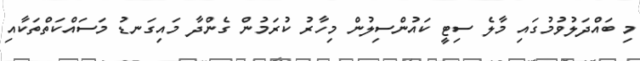
މި ބައްދަލުވުމުގައި މާލެ ސިޓީ ކައުންސިލުން މިހާރު ކުރަމުން ގެންދާ މައިގަނޑު މަސައްކަތްތަކާއި